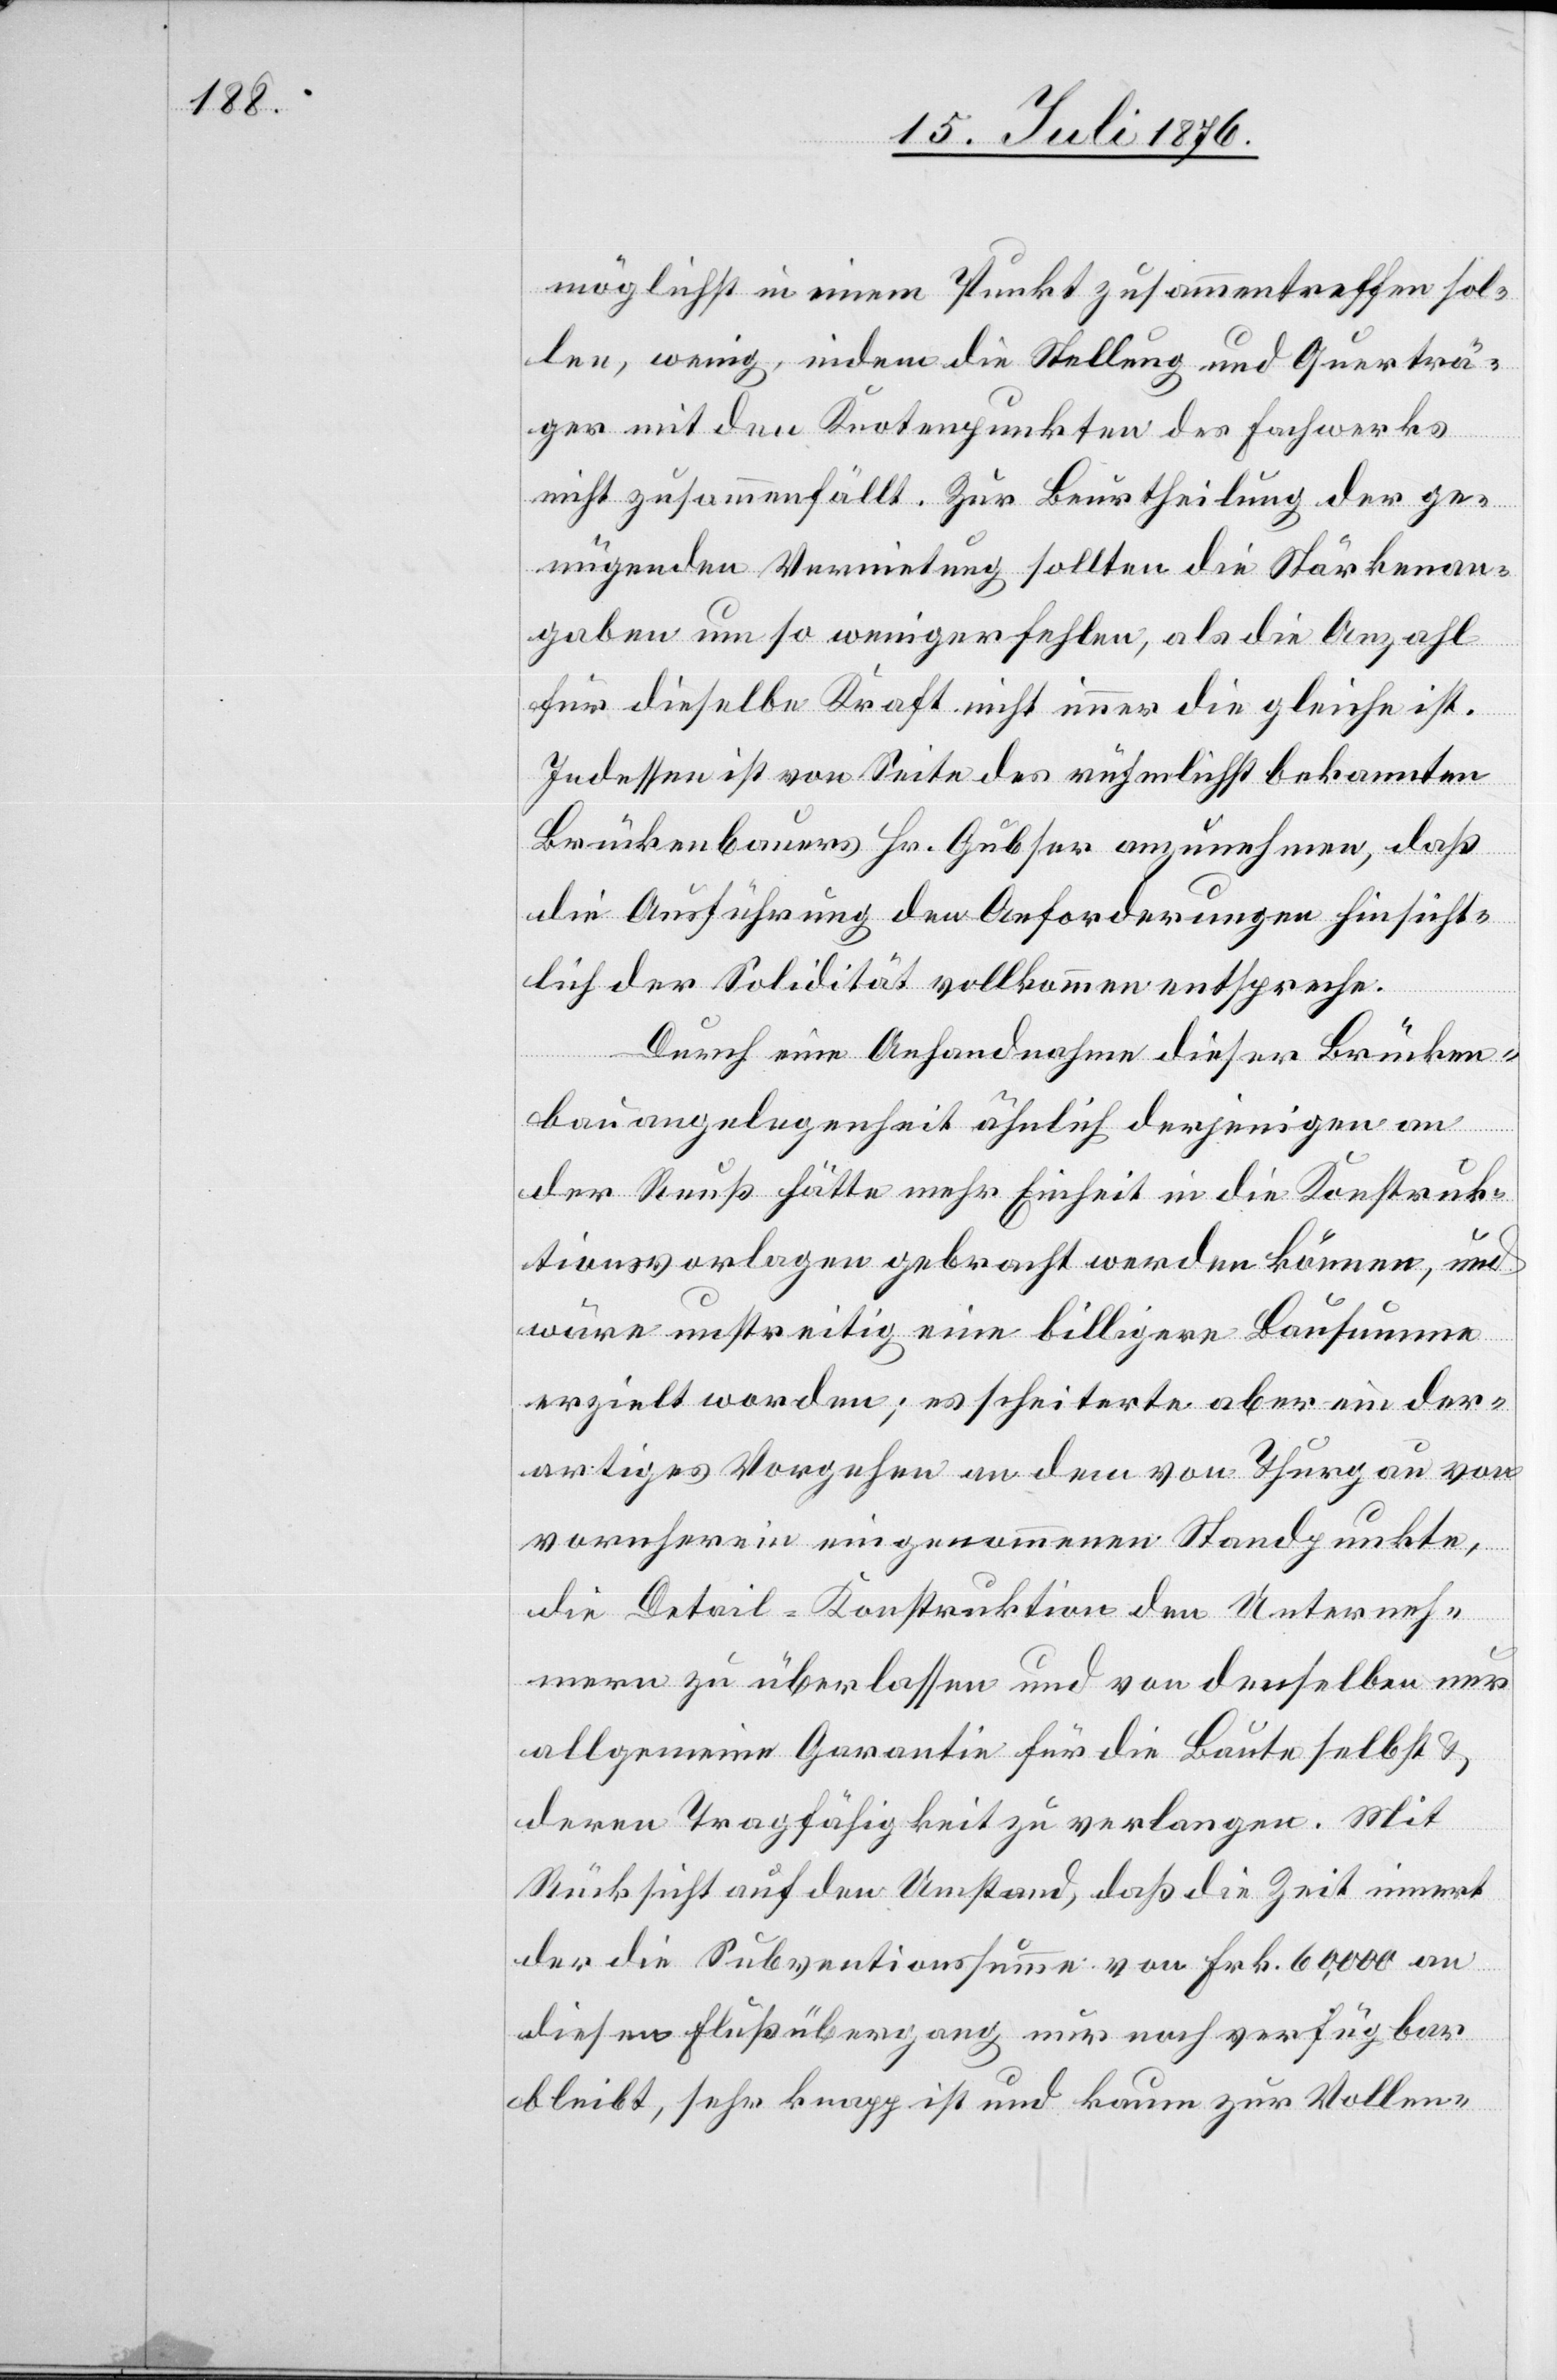
möglichst in einem Punkt zusammentreffen sol¬
len, wenig, indem die Stellung und Querträ¬
ger mit den Knotenpunkten des Fachwerks
nicht zusammenfällt. Zur Beurtheilung der ge¬
nügenden Vermietung sollten die Stärkenan¬
gaben um so weniger fehlen, als die Anzahl
für dieselbe Kraft nicht immer die gleiche ist.
Indessen ist von Seite des rühmlichst bekannten
Brückenbauers Hr. Gubser anzunehmen, das
die Ausführung den Anforderungen hinsicht¬
lich der Solidität vollkommen entspreche.
Durch eine Anhandnahme dieser Brücken¬
bauangelegenheit ähnlich derjenigen an
der Reuß hätte mehr Einheit in die Konstruk¬
tionsvorlagen gebracht werden können, und
wäre unstreitig eine billigere Bausumme
erzielt worden; es scheiterte aber ein der¬
artiges Vorgehen an dem von Thurgau von
vornherein eingenommenen Standpunkte,
die Detail-Konstruktion den Unterneh¬
men zu überlassen und von denselben nur
allgemeine Garantie für die Baute selbst &
deren Tragfähigkeit zu verlangen. Mit
Rücksicht auf den Umstand, das die Zeit innert
der die Subventionssumme von Frk. 60,000 an
diesen Flußübergang nur noch verfügbar
bleibt, sehr knapp ist und kaum zur Vollen-